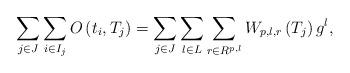
LaTeX: \begin{align*}\sum_{j\in J}\sum_{i\in I_{j}}O\left(t_{i},T_{j}\right)=\sum_{j\in J}\sum_{l\in L}\sum_{r\in R^{p,l}}W_{p,l,r}\left(T_{j}\right)g^{l},\end{align*}